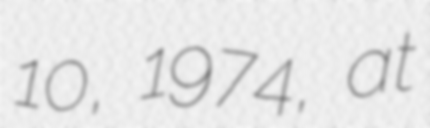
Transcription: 10, 1974, at